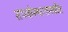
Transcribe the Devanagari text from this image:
संपर्कस्थानामधील